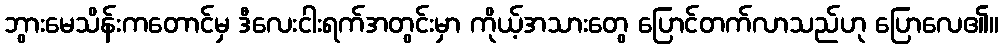
ဘွားမေသိန်းကတောင်မှ ဒီလေးငါးရက်အတွင်းမှာ ကိုယ့်အသားတွေ ပြောင်တက်လာသည်ဟု ပြောလေ၏။